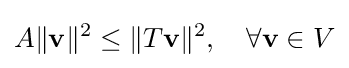
A\|\mathbf {v} \|^{2}\leq \|T\mathbf {v} \|^{2},\quad \forall \mathbf {v} \in V